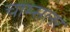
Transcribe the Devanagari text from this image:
चाम्सलर